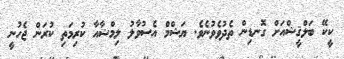
ކީކޭ ބަލްޤީޝްއަށް ގޮނޑިން ތެދުވެވުނެވެ. ޔަޝްމް އެސުވާލު ލިމްޝާއާ ކުރިމަތި ކުރަން ޖެހުނީ